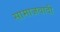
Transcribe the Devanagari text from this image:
सामाजवादी